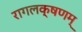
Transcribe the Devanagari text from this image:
रागलक्षणम्